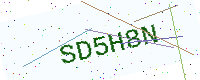
Text: SD5H8N